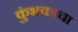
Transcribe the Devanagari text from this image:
कुंभकाचा